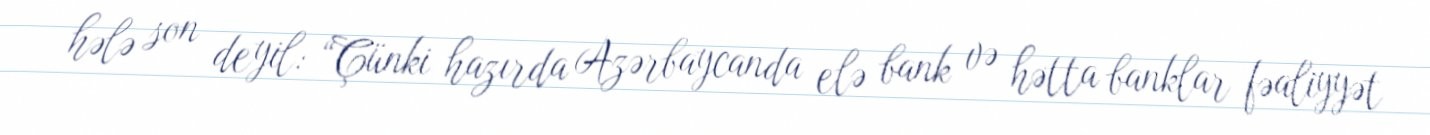
hələ son deyil: “Çünki hazırda Azərbaycanda elə bank və hətta banklar fəaliyyət